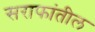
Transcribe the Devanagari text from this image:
सराफांतील